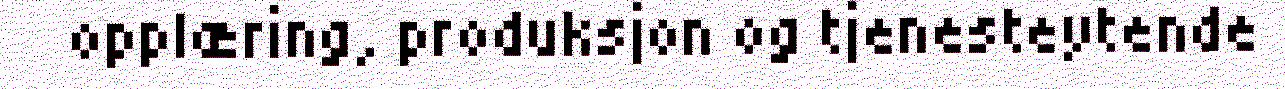
opplæring, produksjon og tjenesteytende